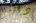
دعينى